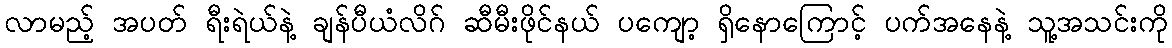
လာမည့် အပတ် ရီးရဲယ်နဲ့ ချန်ပီယံလိဂ် ဆီမီးဖိုင်နယ် ပကျော့ ရှိနောကြောင့် ပက်အနေနဲ့ သူ့အသင်းကို